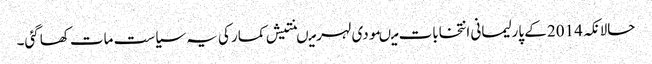
حالانکہ 2014 کے پارلیمانی انتخابات میںمودی لہر میںنتیش کمار کی یہ سیاست مات کھاگئی۔